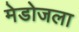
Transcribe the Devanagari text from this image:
मेडोजला